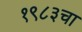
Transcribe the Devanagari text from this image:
१९८३चा